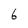
Character: 6